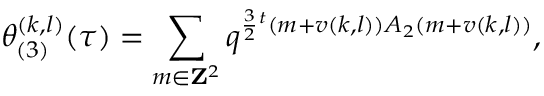
\theta _ { ( 3 ) } ^ { ( k , l ) } ( \tau ) = \sum _ { m \in { \bf Z } ^ { 2 } } q ^ { \frac { 3 } { 2 } { } ^ { t } ( m + v ( k , l ) ) A _ { 2 } ( m + v ( k , l ) ) } ,